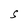
Character: S